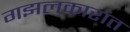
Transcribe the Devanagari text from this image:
गझलकारांत